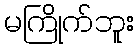
မကြိုက်ဘူး